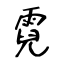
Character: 霓